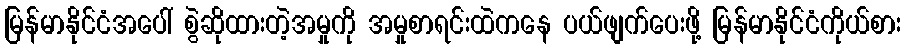
မြန်မာနိုင်ငံအပေါ် စွဲဆိုထားတဲ့အမှုကို အမှုစာရင်းထဲကနေ ပယ်ဖျက်ပေးဖို့ မြန်မာနိုင်ငံကိုယ်စား